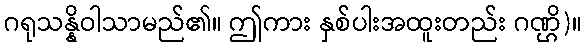
ဂရုသန္နိဝါသာမည်၏။ ဤကား နှစ်ပါးအထူးတည်း ဂဏ္ဌိ)။